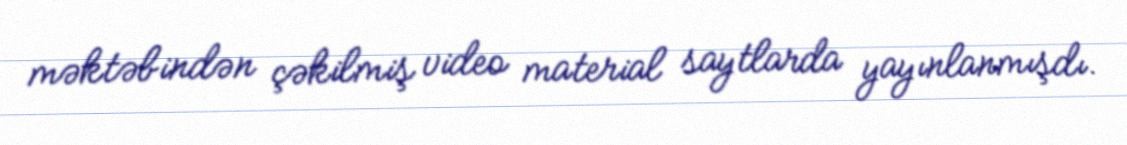
məktəbindən çəkilmiş video material saytlarda yayınlanmışdı.